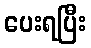
ပေးရပြီး